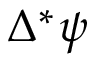
\Delta ^ { * } \boldsymbol { \psi }